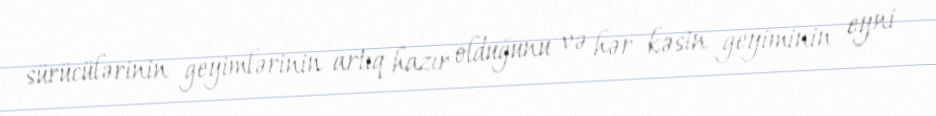
sürücülərinin geyimlərinin artıq hazır olduğunu və hər kəsin geyiminin eyni